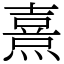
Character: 熹